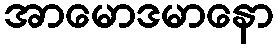
အာမောဒမာနော